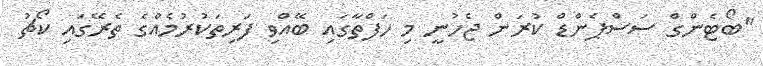
"ބޯޓެންގް ސަސްޕެންޑް ކުރަން ޖެހުނީ މި ހަފްތާގައި ބޭއްވި ފަރިތަކުރުމެއްގެ ތެރޭގައި ކޯޗު